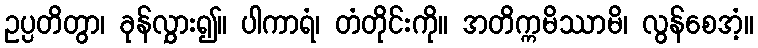
ဥပ္ပတိတွာ၊ ခုန်လွှား၍။ ပါကာရံ၊ တံတိုင်းကို။ အတိက္ကမိဿာမိ၊ လွန်စေအံ့။